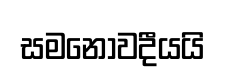
සමනොවදීයයි